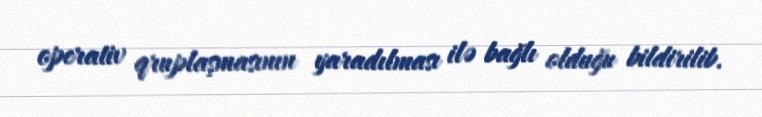
operativ qruplaşmasının yaradılması ilə bağlı olduğu bildirilib.